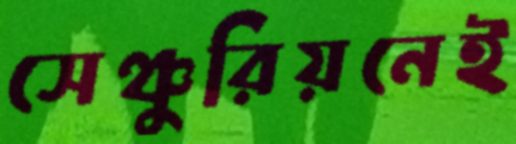
সেঞ্চুরিয়নেই